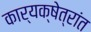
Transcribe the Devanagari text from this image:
कार्यक्षेत्रांत